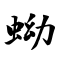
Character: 蚴